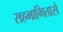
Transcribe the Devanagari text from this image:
सहभागितासे